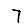
Digit: 7